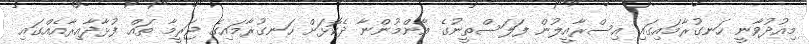
މިއުދުވާނީ ހަނގުރާމައިގައި އިސްރާއީލުން ފަލަސްތީނުގެ އާންމުންނާ ދެކޮޅަށް ހަނގުރާމައިގެ ޖަރީމާ ތައް ފުޅާދާއިރާއެއްގައި